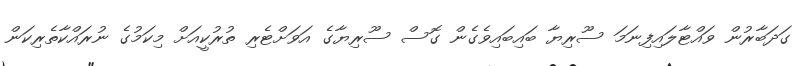
ގަދަބާރުން ވައްޓާލައިފިނަމަ ސޫރިޔާ ބައިބައިވެގެން ގޮސް ސޫރިޔާގެ އަވަށްޓެރި ތުރުކީއަށް މިކަމުގެ ނުރައްކާތެރިކަން